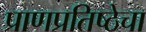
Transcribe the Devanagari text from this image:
प्राणप्रतिष्ठेचा